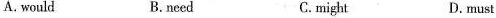
A.would B.need C.might D.must